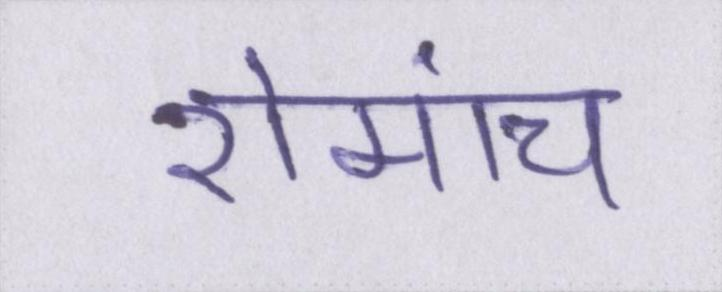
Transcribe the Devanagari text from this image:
रोमांच